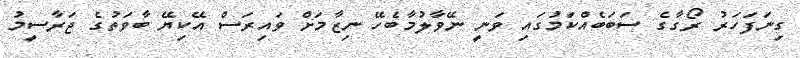
ގިނަފަހަރު ރޯގާގެ ސަބަބެއްކަމުގައި ވަނީ ނޭވާލުމާބެހޭ ނިޒާމަށް ވައިރަސް އޭކިޔޭ ބާވަތުގެ ޖަރާސީމު